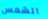
الشمس